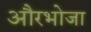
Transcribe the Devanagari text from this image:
औरभोजा